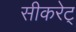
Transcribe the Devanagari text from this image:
सीकरेट्